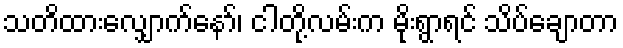
သတိထားလျှောက်နော်၊ ငါတို့လမ်းက မိုးရွာရင် သိပ်ချောတာ